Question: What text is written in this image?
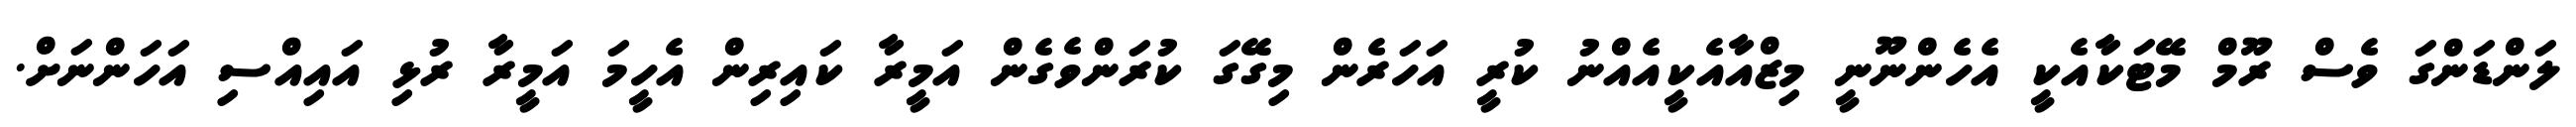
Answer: ލަންޑަންގަ ވެސް ރޫމް މޭޓަކާއެކީ އެހެންނޫނީ މިޒްއާއެކީއެއްނު ކުރީ އަހަރެން މިގޭގަ ކުރަންވެގެން އަމީރާ ކައިރިން އެހީމަ އަމީރާ ރުޅި އައިއްސި އަހަންނަށް.